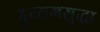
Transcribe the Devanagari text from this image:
दुय्यमसुद्धा